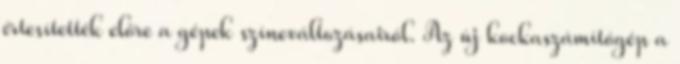
értesítették előre a gépek színeváltozásairól. Az új kockaszámítógép a